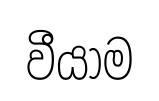
වීයාම